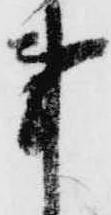
事